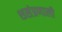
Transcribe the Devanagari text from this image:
शसंप्रणाली